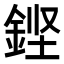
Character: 𮡸